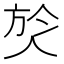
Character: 𭤹